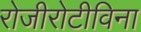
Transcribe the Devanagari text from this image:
रोजीरोटीविना